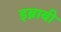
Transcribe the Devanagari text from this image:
इब्नाबी